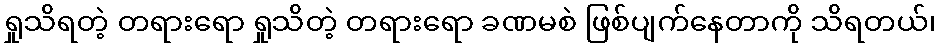
ရှုသိရတဲ့ တရားရော ရှုသိတဲ့ တရားရော ခဏမစဲ ဖြစ်ပျက်နေတာကို သိရတယ်၊